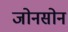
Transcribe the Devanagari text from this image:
जोनसोन